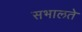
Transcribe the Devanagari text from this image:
सभालते